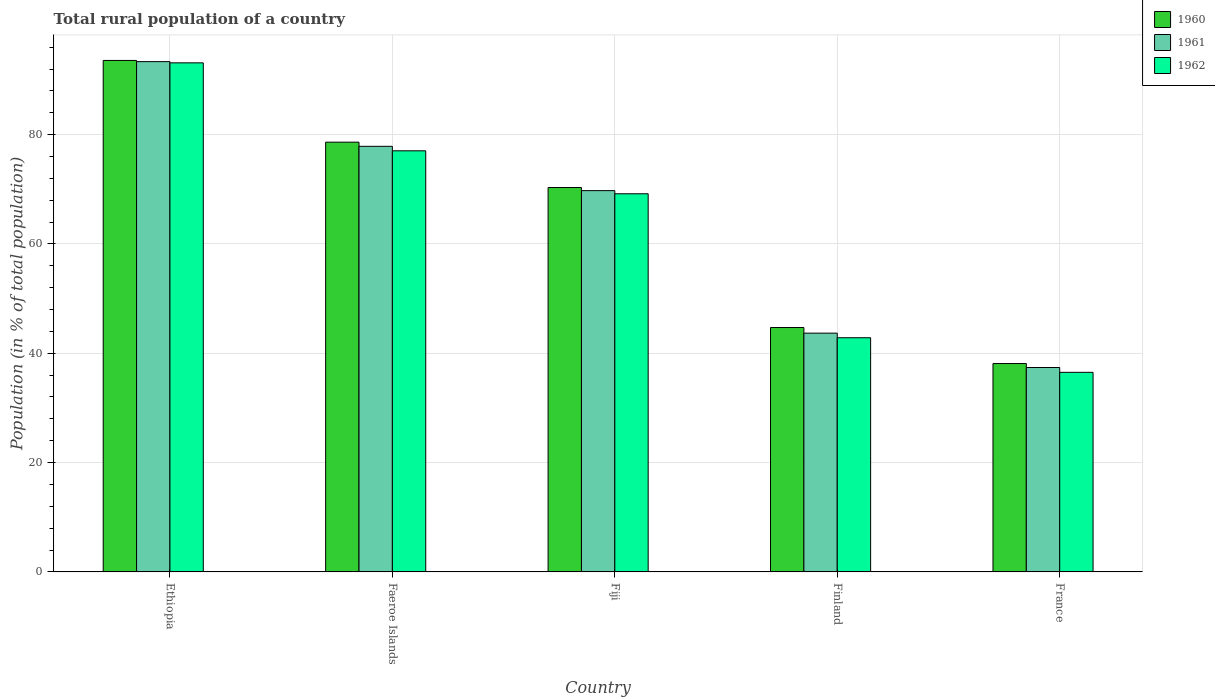
| Country | 1960 | 1961 | 1962 |
 | --- | --- | --- | --- |
 | Ethiopia | 93.6 | 93.3 | 93.1 |
 | Faeroe Islands | 78.6 | 77.9 | 77 |
 | Fiji | 70.3 | 69.8 | 69.2 |
 | Finland | 44.7 | 43.7 | 42.8 |
 | France | 38.1 | 37.4 | 36.5 |